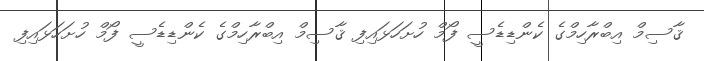
ޤާސިމް އިބްރާހިމްގެ ކެންޑިޑެސީ ފޯމް ހުށަހަޅައިފި ޤާސިމް އިބްރާހިމްގެ ކެންޑިޑެސީ ފޯމް ހުށަހަޅައިފި